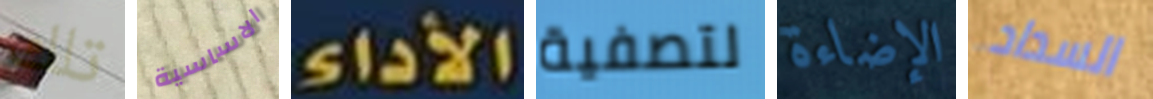
تلك الاساسية الأداء لتصفية الإضاءة السداد